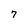
Character: 7